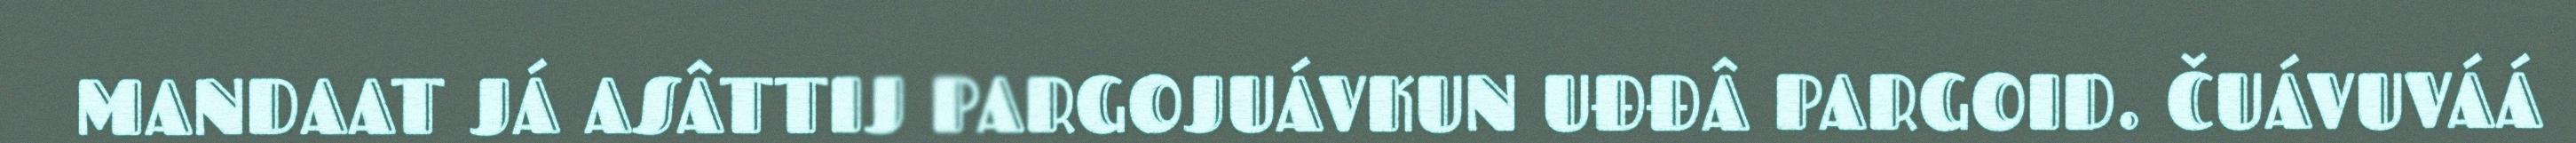
MANDAAT JÁ ASÂTTIJ PARGOJUÁVKUN UĐĐÂ PARGOID. ČUÁVUVÁÁ